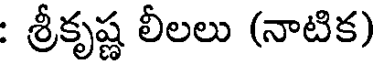
: శ్రీకృష్ణ లీలలు (నాటిక)